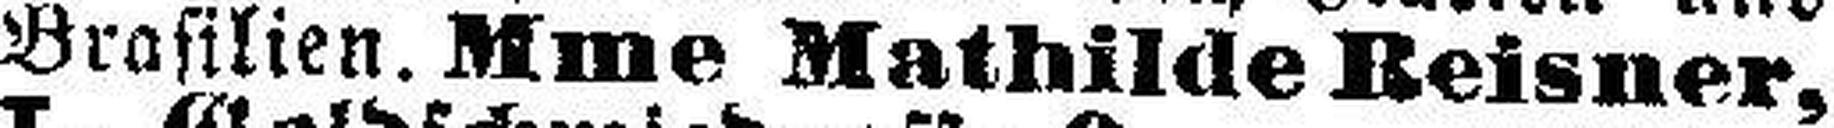
Brasilien. Mme Mathilde Reisner,